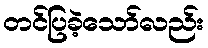
တင်ပြခဲ့သော်လည်း